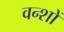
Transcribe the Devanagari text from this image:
वन्शों